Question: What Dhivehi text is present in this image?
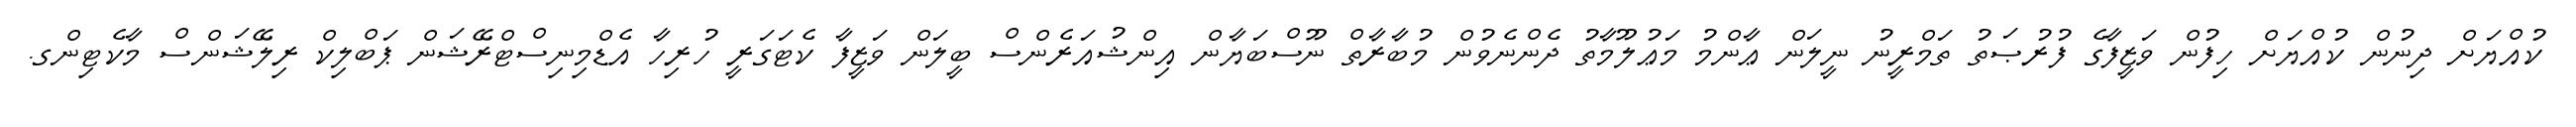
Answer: ކުއްޔަށް ދިނުން ކުއްޔަށް ހިފުން ވަޒީފާގެ ފުރުޞަތު ތަމްރީނު ނީލަން ޢާންމު މަޢުލޫމާތު ދެންނެވުން މުބާރާތް ނޫސްބަޔާން އިންޝުއަރެންސް ބީލަން ވަޒީފާ ކެޓަގަރީ ހުރިހާ އެޑްމިނިސްޓްރޭޝަން ޕަބްލިކް ރިލޭޝަންސް މާކެޓިންގ.